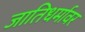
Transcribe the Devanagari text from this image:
जातिधर्मावर